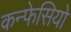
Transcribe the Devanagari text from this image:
कन्फेसियो